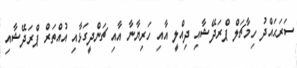
ސަރަޙައްދު ހިމާޗަލް ޕްރަދޭޝާއި ދިއްލީ އާއި ހަރިޔާނާ އާއި ޗަންދީގަޅާއި އުއްތަރް ޕްރަދޭޝާއި